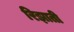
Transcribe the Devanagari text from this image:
रिझाती